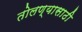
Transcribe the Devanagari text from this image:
तोलण्यासाठी